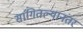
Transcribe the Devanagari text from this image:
सांगितल्यानंतर